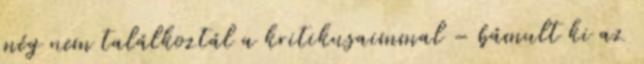
még nem találkoztál a kritikusaimmal – bámult ki az